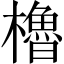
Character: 櫓